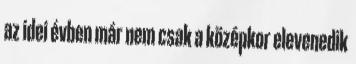
az idei évben már nem csak a középkor elevenedik